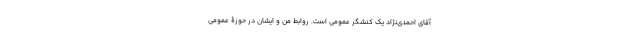
آقای احمدی‌نژاد یک کنشگر عمومی است. روابط من و ایشان در حوزۀ عمومی